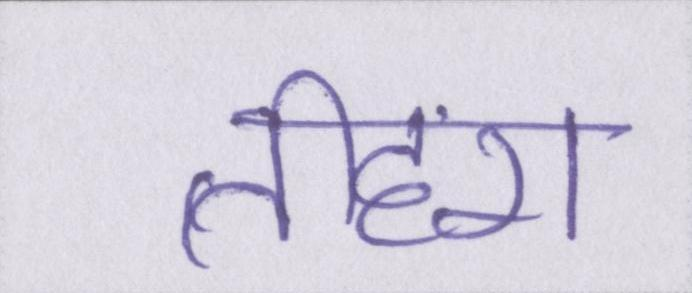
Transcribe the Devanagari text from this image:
तीहरा